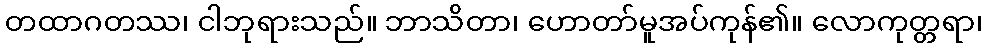
တထာဂတဿ၊ ငါဘုရားသည်။ ဘာသိတာ၊ ဟောတာ်မူအပ်ကုန်၏။ လောကုတ္တရာ၊